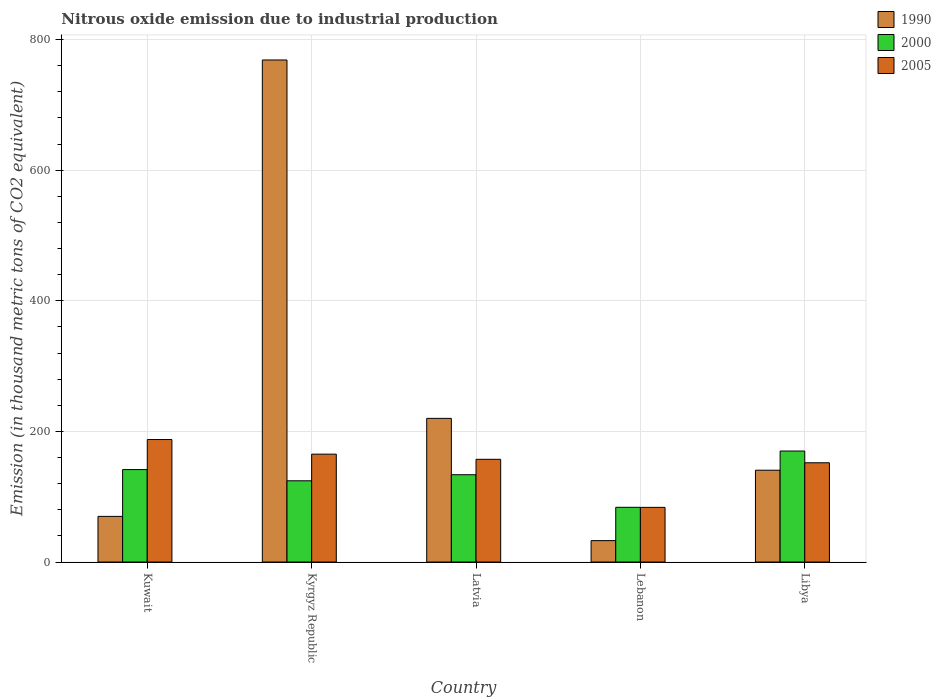
| Country | 1990 | 2000 | 2005 |
 | --- | --- | --- | --- |
 | Kuwait | 69.9 | 142 | 188 |
 | Kyrgyz Republic | 769 | 124 | 165 |
 | Latvia | 220 | 134 | 157 |
 | Lebanon | 32.8 | 83.8 | 83.7 |
 | Libya | 141 | 170 | 152 |